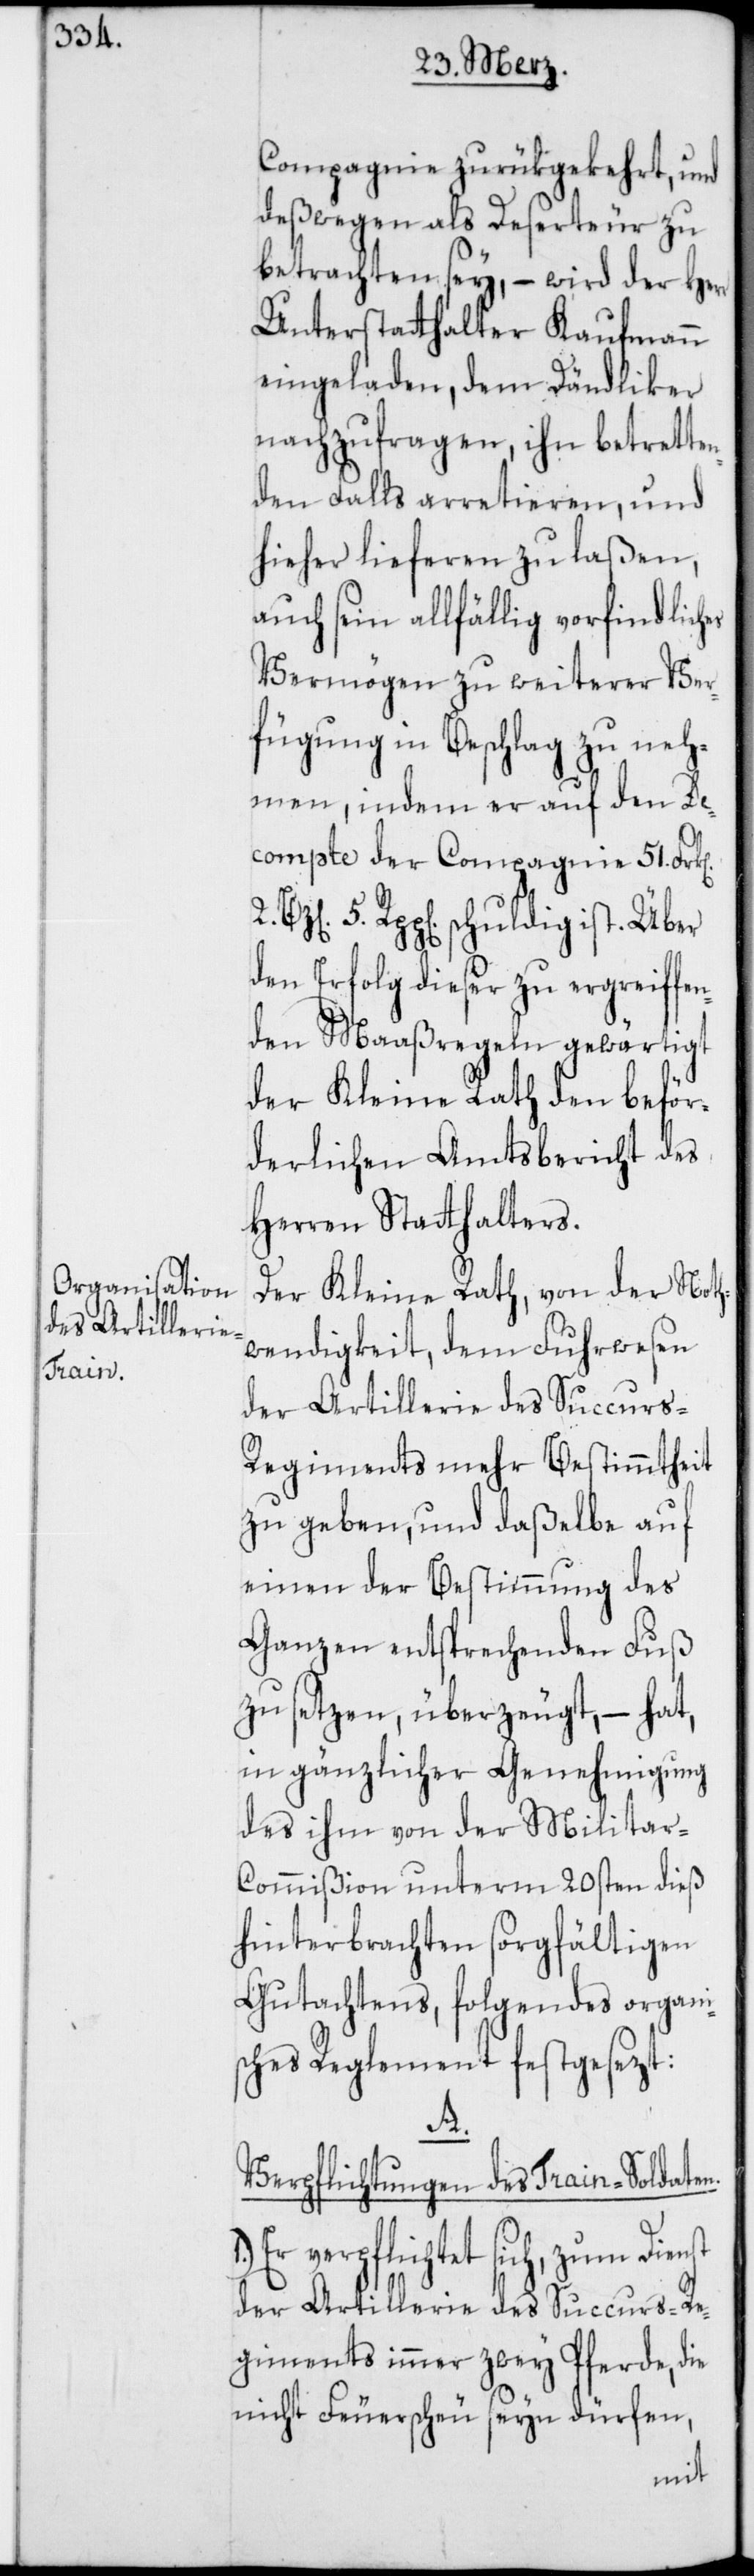
Compagnie zurükgekehrt, und
deßwegen als Deserteur zu
betrachten sey, – wird der Herr
Unterstatthalter Kaufmann
eingeladen, dem Dändliker
nachzufragen, ihn betrette¬
nden Falls arretieren und
hieher lieferen zu laßen,
auch sein allfählig vorfindliches
Vermögen zu weiterer Ver¬
fügung in Beschlag zu neh¬
men, indem er auf den De¬
compte der Compagnie 51. Frk[e¬
Rpp[en]. schuldig ist. Über
den Erfolg dieser zu ergreiffen¬
den Maaßregeln gewärtigt
der Kleine Rath den beför¬
derlichen Amtsbericht des
Herren Statthalters.
Der Kleine Rat, von der Noth¬
wendigkeit, dem Fuhrwesen
egiments mehr Bestimmtheit
zu geben, und daßelbe auf
einen der Bestimmung des
Ganzen entsprechenden Fuß
zu setzen, überzeugt, – hat,
in gänzlicher Genehmigung
des ihm von der Militar-C¬
ommißion unterm 20sten dieß
hinterbrachten sorgfältigen
Gutachtens, folgendes organi¬
sches Reglement festgesetzt:
A.
Verpflichtungen des Train-Soldaten.
Er verpflichtet sich, zum
der Artillerie des Succurs-Re¬
giments immer zwey Pferde, die
nicht Feuerscheu seyn dürfen,